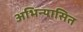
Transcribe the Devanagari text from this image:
अभिन्यासित